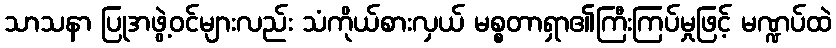
သာသနာ ပြုအဖွဲ့ဝင်များလည်း သံကိုယ်စားလှယ် မစ္စတာရှာ၏ကြီးကြပ်မှုဖြင့် မဏ္ဍပ်ထဲ